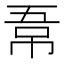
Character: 𭘣